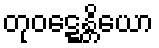
တုဝဋ္ဋေန္တိယော